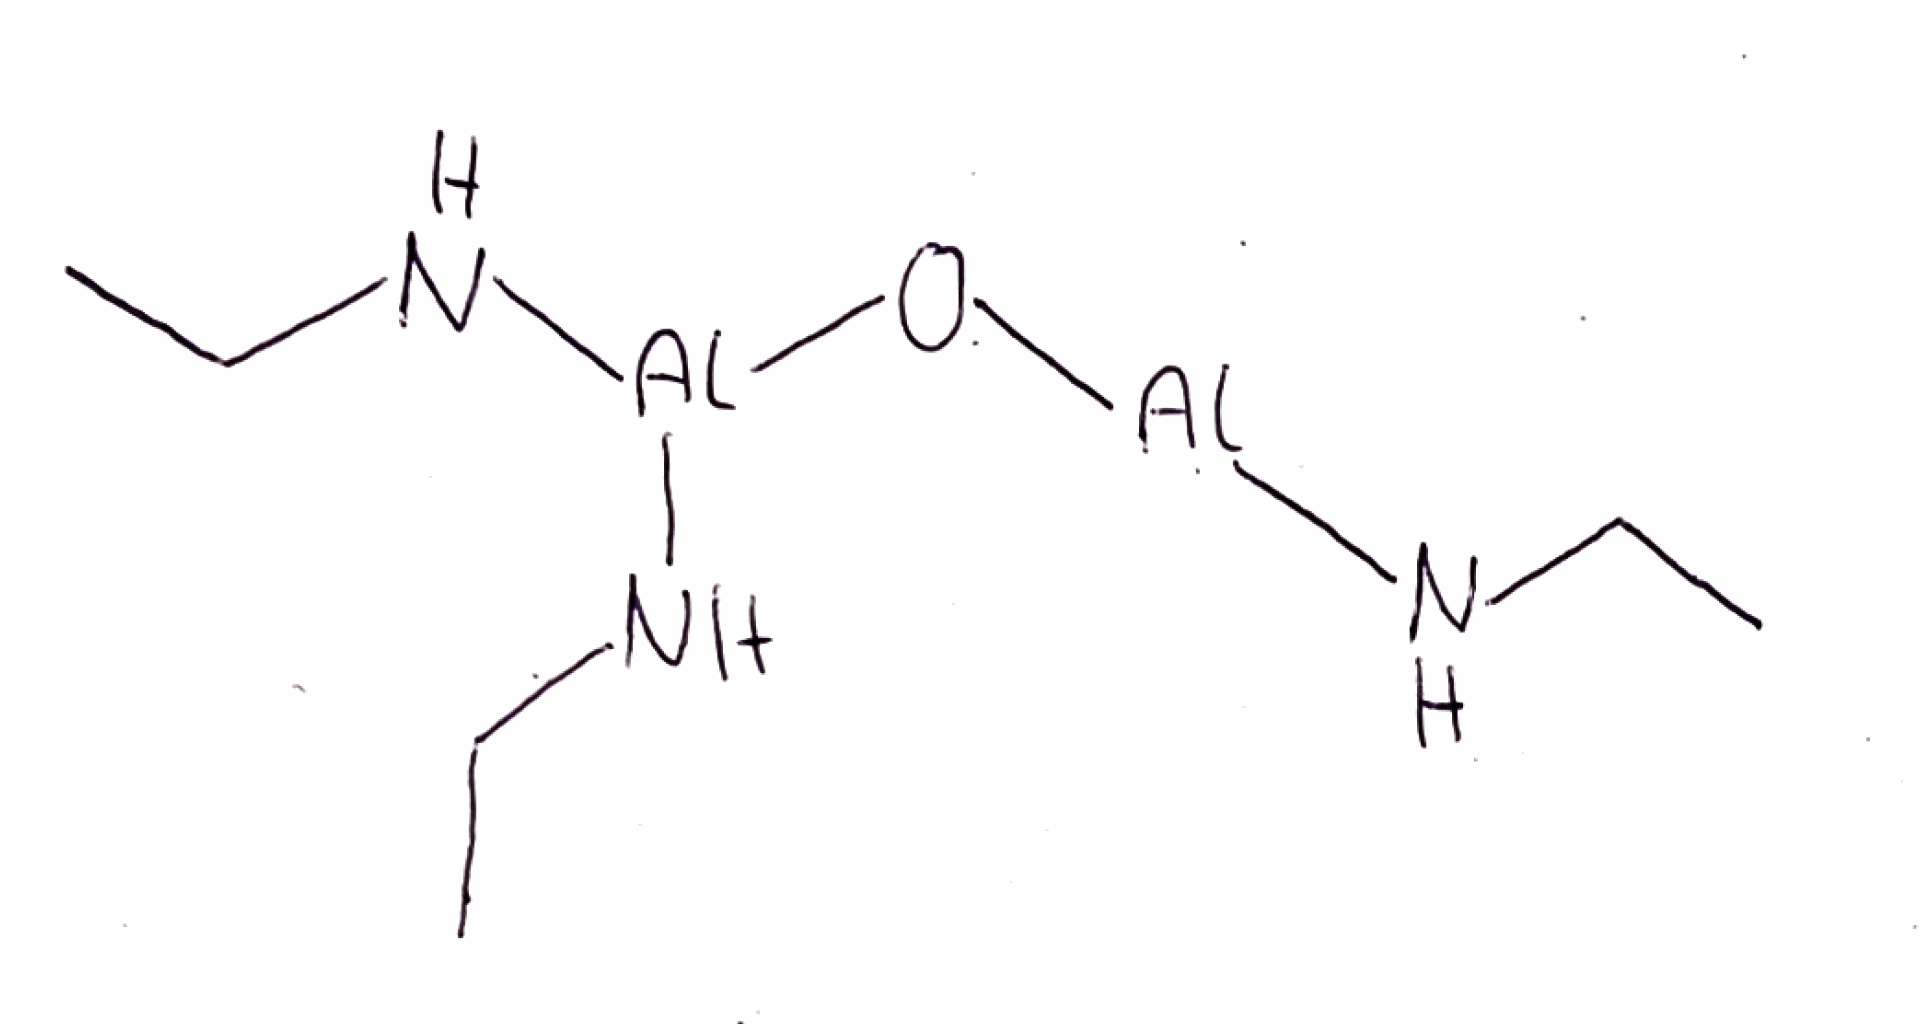
Simplified molecular-input line-entry system (SMILES) notation of the given molecule:
CCN[Al]O[Al](NCC)NCC